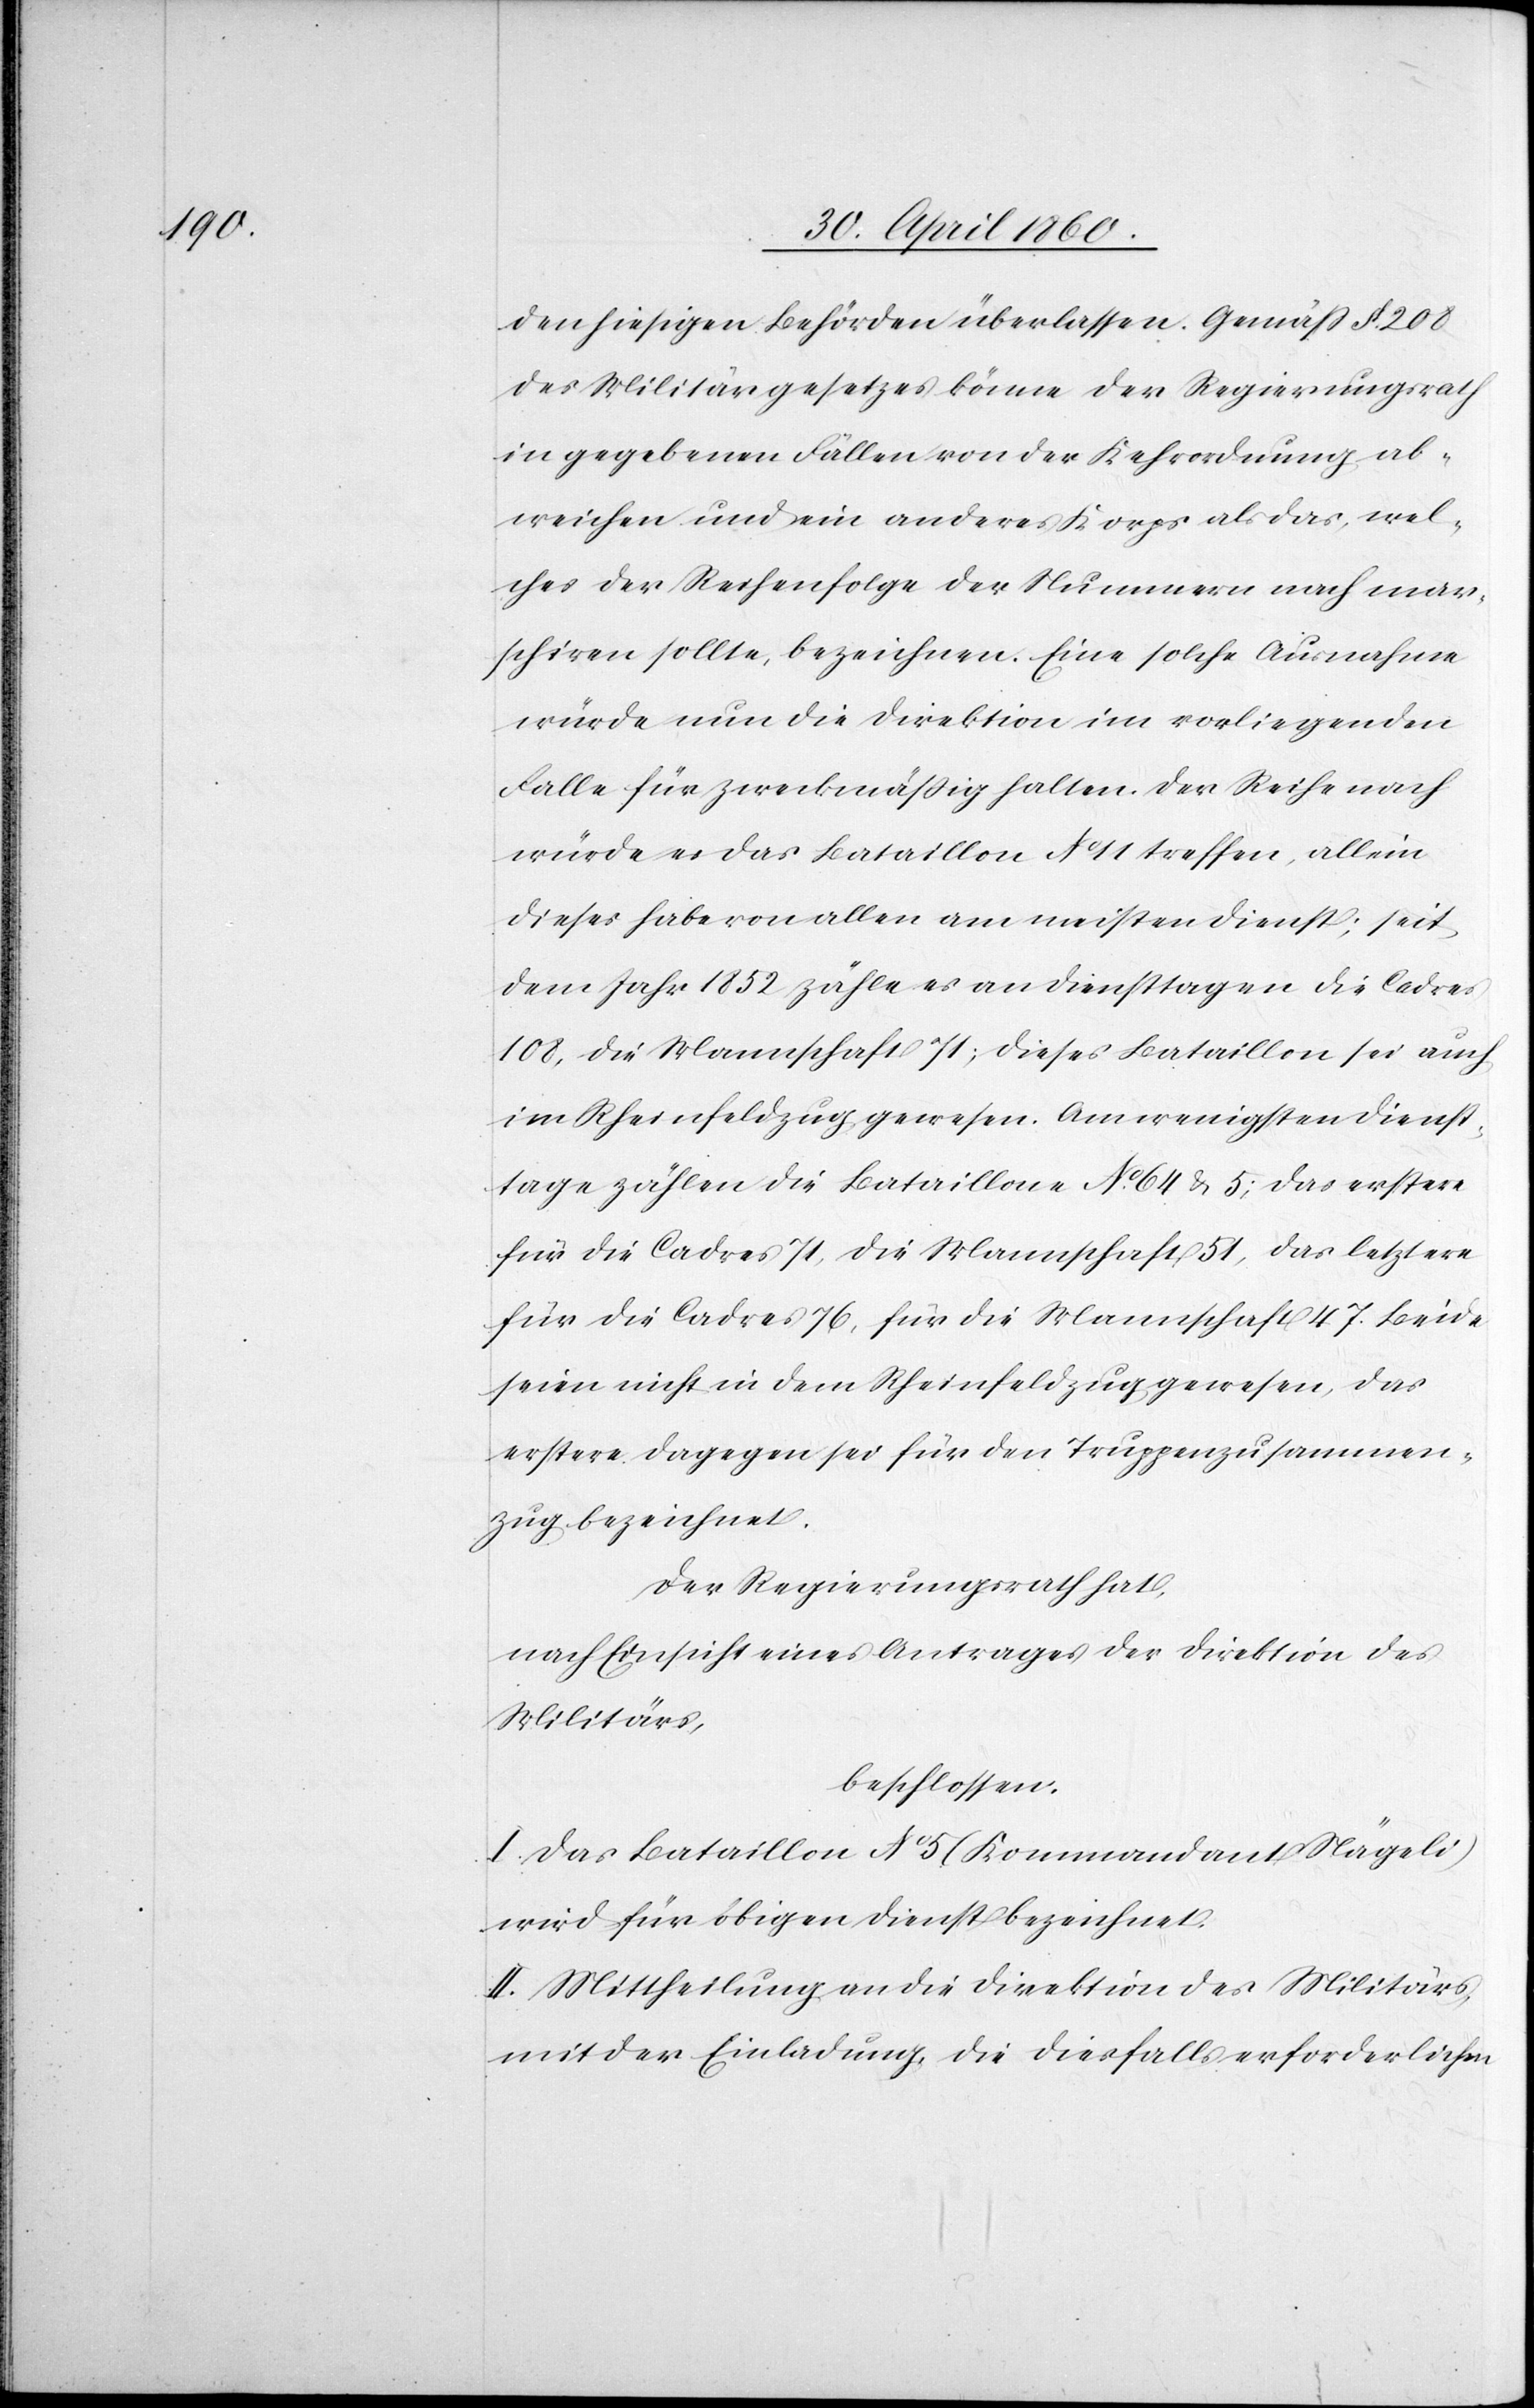
den hiesigen Behörden überlassen. Gemäss §. 208
des Militärgesetzes könne der Regierungsrath
in gegebenen Fällen von der Kehrordnung ab¬
weichen und ein anderes Korps als das, wel¬
ches der Reihenfolge der Nummern nach mar¬
schiren sollte, bezeichnen. Eine solche Ausnahme
würde nun die Direktion im vorliegenden
Falle für zweckmässig halten. Der Reihe nach
würde es das Bataillon No 11 treffen, allein
dieses habe von allen am meisten Dienst; seit
dem Jahr 1852 zähle es an Diensttagen die Cadres
108, die Mannschaft 71; dieses Bataillon sei auch
im Rheinfeldzug gewesen. Am wenigsten Dienst¬
tage zählen die Bataillone No 64 u. 5; das erstere
für die Cadres 71, für die Mannschaft 51, das letztere
für die Cadres 76, für die Mannschaft 47. Beide
seien nicht in dem Rheinfeldzug gewesen, das
erstere dagegen sei für den Truppenzusammen¬
zug bezeichnet.
Der Regierungsrath hat,
nach Einsicht eines Antrages der Direktion des
Militärs,
beschlossen:
I. Das Bataillon No 5 (Kommandant Nägeli)
wird für obigen Dienst bezeichnet.
II. Mittheilung an die Direktion des Militärs,
mit der Einladung, die diesfalls erforderlichen